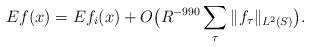
\begin{align*} Ef(x) = Ef_{i}(x) + O\big(R^{-990}\sum_{\tau}\|f_{\tau}\|_{L^2(S)} \big).\end{align*}